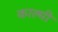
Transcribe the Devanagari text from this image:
काल्मी